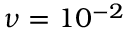
\nu = 1 0 ^ { - 2 }